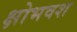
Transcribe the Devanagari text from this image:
क्षोभवश